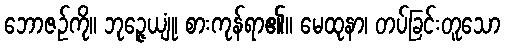
ဘောဇဉ်ကို။ ဘုဉ္ဇေယျုံ၊ စားကုန်ရာ၏။ မေထုနာ၊ တပ်ခြင်းတူသော